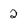
Character: 2